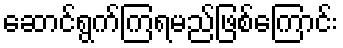
ဆောင်ရွက်ကြရမည်ဖြစ်ကြောင်း